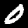
Label: 0